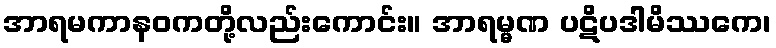
အာရမကာနဝကတို့လည်းကောင်း။ အာရမ္မဏ ပဋိပဒါမိဿကေ၊